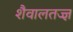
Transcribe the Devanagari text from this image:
शैवालतज्ज्ञ